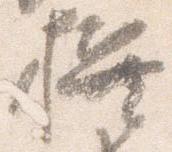
撰